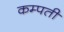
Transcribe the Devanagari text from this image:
कम्पती